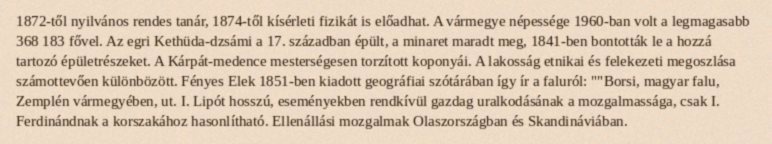
1872-től nyilvános rendes tanár, 1874-től kísérleti fizikát is előadhat. A vármegye népessége 1960-ban volt a legmagasabb 368 183 fővel. Az egri Kethüda-dzsámi a 17. században épült, a minaret maradt meg, 1841-ben bontották le a hozzá tartozó épületrészeket. A Kárpát-medence mesterségesen torzított koponyái. A lakosság etnikai és felekezeti megoszlása számottevően különbözött. Fényes Elek 1851-ben kiadott geográfiai szótárában így ír a faluról: ""Borsi, magyar falu, Zemplén vármegyében, ut. I. Lipót hosszú, eseményekben rendkívül gazdag uralkodásának a mozgalmassága, csak I. Ferdinándnak a korszakához hasonlítható. Ellenállási mozgalmak Olaszországban és Skandináviában.